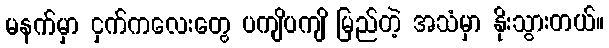
မနက်မှာ ငှက်ကလေးတွေ ပကျိပကျိ မြည်တဲ့ အသံမှာ နိုးသွားတယ်။